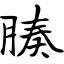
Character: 腠